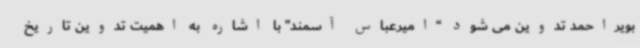
بویراحمد تدوین می شود “امیرعباس آسمند” با اشاره به اهمیت تدوین تاریخ